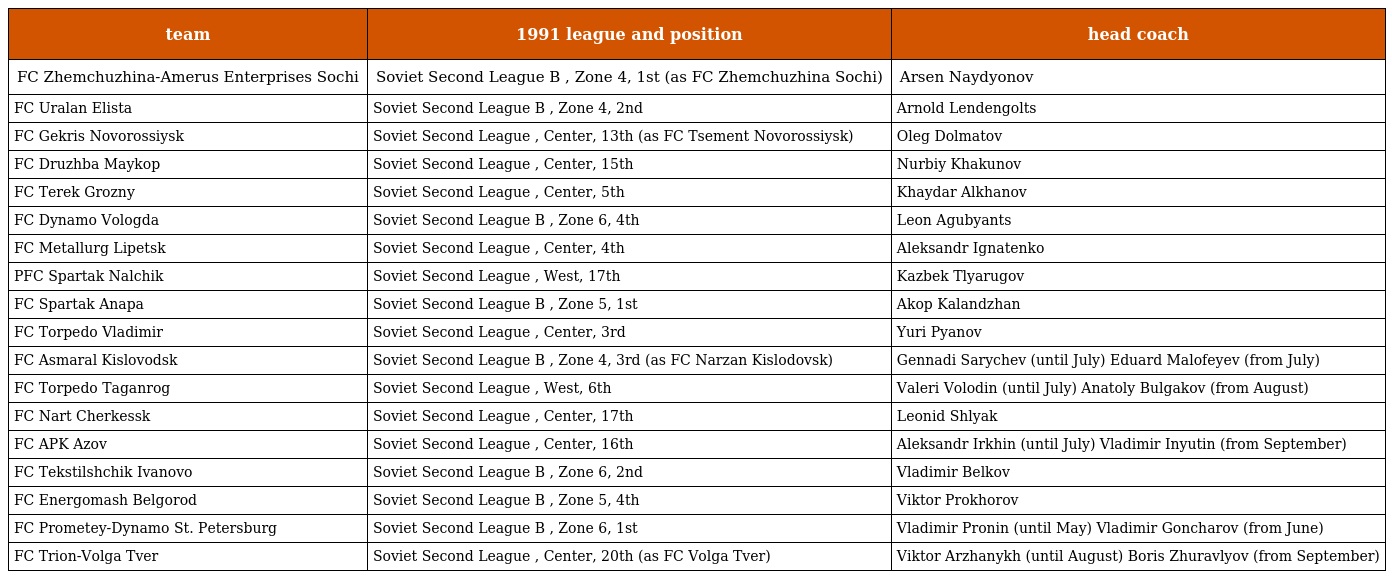
| team | 1991 league and position | head coach |
 | --- | --- | --- |
 | FC Zhemchuzhina-Amerus Enterprises Sochi | Soviet Second League B , Zone 4, 1st (as FC Zhemchuzhina Sochi) | Arsen Naydyonov |
 | FC Uralan Elista | Soviet Second League B , Zone 4, 2nd | Arnold Lendengolts |
 | FC Gekris Novorossiysk | Soviet Second League , Center, 13th (as FC Tsement Novorossiysk) | Oleg Dolmatov |
 | FC Druzhba Maykop | Soviet Second League , Center, 15th | Nurbiy Khakunov |
 | FC Terek Grozny | Soviet Second League , Center, 5th | Khaydar Alkhanov |
 | FC Dynamo Vologda | Soviet Second League B , Zone 6, 4th | Leon Agubyants |
 | FC Metallurg Lipetsk | Soviet Second League , Center, 4th | Aleksandr Ignatenko |
 | PFC Spartak Nalchik | Soviet Second League , West, 17th | Kazbek Tlyarugov |
 | FC Spartak Anapa | Soviet Second League B , Zone 5, 1st | Akop Kalandzhan |
 | FC Torpedo Vladimir | Soviet Second League , Center, 3rd | Yuri Pyanov |
 | FC Asmaral Kislovodsk | Soviet Second League B , Zone 4, 3rd (as FC Narzan Kislodovsk) | Gennadi Sarychev (until July) Eduard Malofeyev (from July) |
 | FC Torpedo Taganrog | Soviet Second League , West, 6th | Valeri Volodin (until July) Anatoly Bulgakov (from August) |
 | FC Nart Cherkessk | Soviet Second League , Center, 17th | Leonid Shlyak |
 | FC APK Azov | Soviet Second League , Center, 16th | Aleksandr Irkhin (until July) Vladimir Inyutin (from September) |
 | FC Tekstilshchik Ivanovo | Soviet Second League B , Zone 6, 2nd | Vladimir Belkov |
 | FC Energomash Belgorod | Soviet Second League B , Zone 5, 4th | Viktor Prokhorov |
 | FC Prometey-Dynamo St. Petersburg | Soviet Second League B , Zone 6, 1st | Vladimir Pronin (until May) Vladimir Goncharov (from June) |
 | FC Trion-Volga Tver | Soviet Second League , Center, 20th (as FC Volga Tver) | Viktor Arzhanykh (until August) Boris Zhuravlyov (from September) |